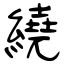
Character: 繞